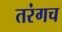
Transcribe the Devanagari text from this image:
तरंगच